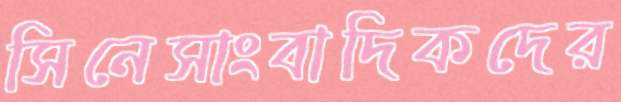
সিনেসাংবাদিকদের